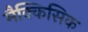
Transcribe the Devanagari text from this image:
मैक्किसिक